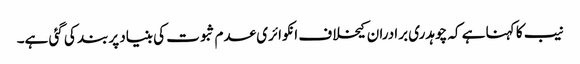
نیب کا کہنا ہے کہ چوہدری برادران کیخلاف انکوائری عدم ثبوت کی بنیاد پربند کی گئی ہے۔